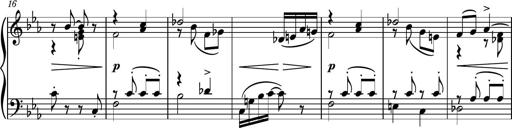
Title: Piano Sonatina No.5
Composer: Dimitri Sykias
Key: C minor